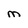
Character: M